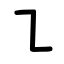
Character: ㇅